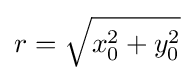
r={\sqrt {x_{0}^{2}+y_{0}^{2}}}